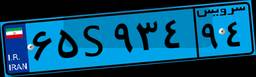
۶۵S۹۳۴۹۴